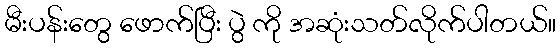
မီးပန်းတွေ ဖောက်ပြီး ပွဲ ကို အဆုံးသတ်လိုက်ပါတယ်။